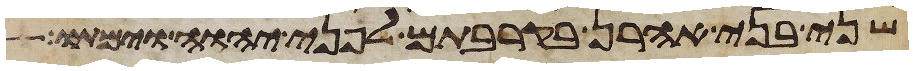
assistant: שני בני אהרן בקרבתם לפני יהוה וימתו